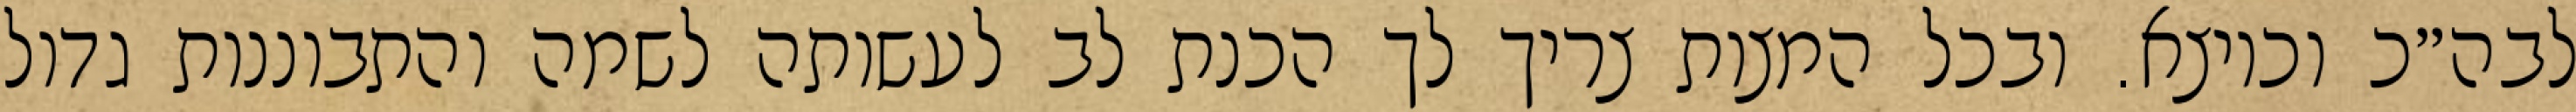
לבה״כ וכיוצא. ובכל המצות צריך לך הכנת לב לעשותה לשמה והתבוננות גדול